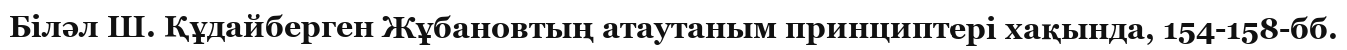
Біләл Ш. Құдайберген Жұбановтың атаутаным принциптері хақында, 154-158-бб.